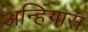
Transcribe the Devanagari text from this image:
अन्हिंगास